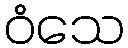
ဝံသေ